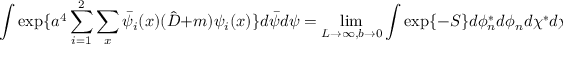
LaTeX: \int \exp \{ a ^ { 4 } \sum _ { i = 1 } ^ { 2 } \sum _ { x } \bar { \psi } _ { i } ( x ) ( \hat { D } + m ) \psi _ { i } ( x ) \} d \bar { \psi } d \psi = \operatorname * { l i m } _ { L \rightarrow \infty , b \rightarrow 0 } \int \exp \{ - S \} d \phi _ { n } ^ { * } d \phi _ { n } d \chi ^ { * } d \chi